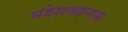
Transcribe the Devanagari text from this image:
संदेशवहनास